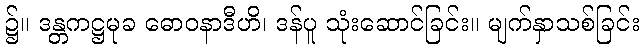
၌။ ဒန္တကဋ္ဌမုခ ဓောဝနာဒီဟိ၊ ဒန်ပူ သုံးဆောင်ခြင်း။ မျက်နှာသစ်ခြင်း